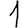
Digit: 1